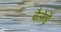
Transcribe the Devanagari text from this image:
बैलेर्डे